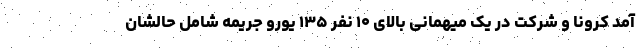
آمد کرونا و شرکت در یک میهمانی بالای ۱۰ نفر ۱۳۵ یورو جریمه شامل حالشان